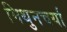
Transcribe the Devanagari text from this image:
मिथुनचर्या